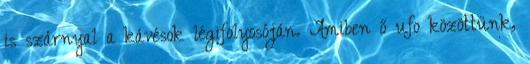
is szárnyal a kávésok légifolyosóján. Amiben ő ufo közöttünk,